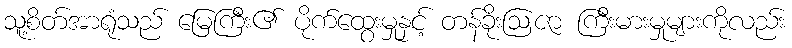
သူ့စိတ်အာရုံသည် မြေကြီး၏ ပိုက်ထွေးမှုနှင့် တန်ခိုးဩဇာ ကြီးမားမှုများကိုလည်း